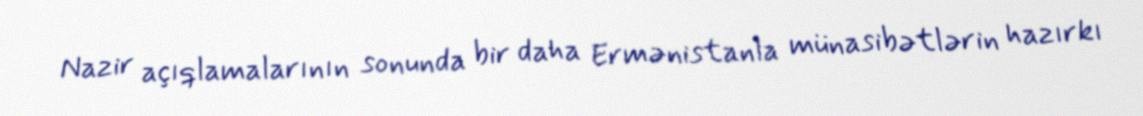
Nazir açıqlamalarının sonunda bir daha Ermənistanla münasibətlərin hazırkı